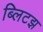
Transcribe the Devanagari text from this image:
ब्लिटझ